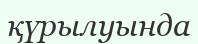
қүрылуында